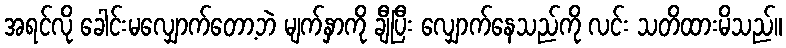
အရင်လို ခေါင်းမလျှောက်တော့ဘဲ မျက်နှာကို ချီပြီး လျှောက်နေသည်ကို လင်း သတိထားမိသည်။